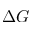
\Delta G